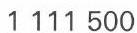
1 111 500